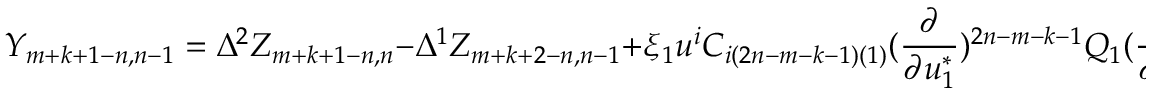
Y _ { m + k + 1 - n , n - 1 } = \Delta ^ { 2 } Z _ { m + k + 1 - n , n } - \Delta ^ { 1 } Z _ { m + k + 2 - n , n - 1 } + \xi _ { 1 } u ^ { i } C _ { i ( 2 n - m - k - 1 ) ( 1 ) } ( { \frac { \partial } { \partial u _ { 1 } ^ { * } } } ) ^ { 2 n - m - k - 1 } Q _ { 1 } ( { \frac { \partial } { \partial u _ { 2 } ^ { * } } } ) ^ { 1 } Q _ { 2 } ,